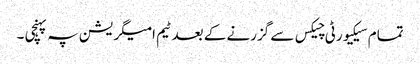
تمام سیکیورٹی چیکس سے گزرنے کے بعد ٹیم امیگریشن پہ پہنچی ۔